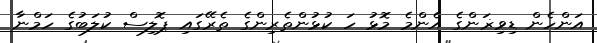
އަންހެން ޑިވިޜަންގެ އެންމެ މޮޅު ހަ ކުޅުންތެރިންގެ ތެރޭގައި ޕޮލިސް ކުލަބުގެ ހަމްނާ